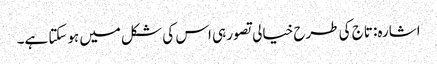
اشارہ: تاج کی طرح خیالی تصور ہی اس کی شکل میں ہوسکتا ہے۔